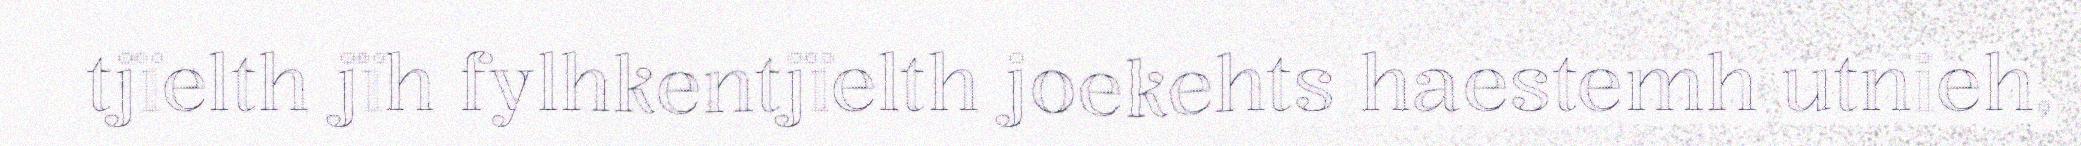
tjïelth jïh fylhkentjïelth joekehts haestemh utnieh,